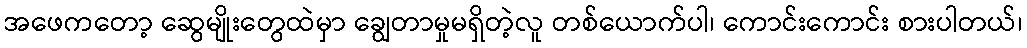
အဖေကတော့ ဆွေမျိုးတွေထဲမှာ ချွေတာမှုမရှိတဲ့လူ တစ်ယောက်ပါ၊ ကောင်းကောင်း စားပါတယ်၊